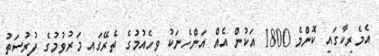
އެމެރިކާގައި ކޮންމެ 1800 އަކުން އެއް އަންހެނަކު ވިހެއުމުގެ ތެރޭގައި މަރުވުމުގެ ފުރުސަތު